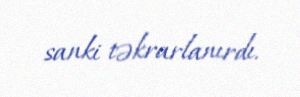
sanki təkrarlanırdı.